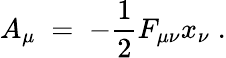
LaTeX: A_{\mu}\; =\; -\frac{1}{2}F_{\mu\nu}x_{\nu}\; .